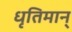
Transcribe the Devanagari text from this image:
धृतिमान्‌